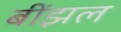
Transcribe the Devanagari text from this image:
बींझल